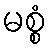
မစ္စံ